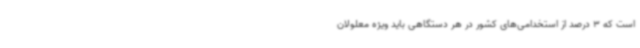
است که 3 درصد از استخدامی‌های کشور در هر دستگاهی باید ویژه معلولان